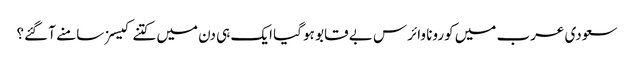
سعودی عرب میں کورونا وائرس بے قابو ہو گیا ایک ہی دن میں کتنے کیسز سامنے آ گئے؟